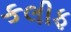
કલીફ